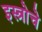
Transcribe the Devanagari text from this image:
इस्त्रोचे